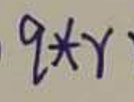
$q * r$